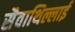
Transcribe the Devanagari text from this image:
सैवाथिल्लाई